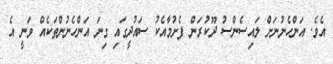
އެވެ. އަންހެނުނަށް ލައިސެންސު ދޫކުރަން ފެށުމާއެކު ސައުދީގައި ގިނަ އަންހެނުންތަކެއް ވަނީ އެ